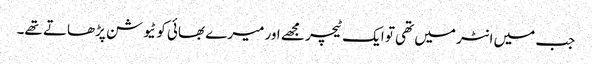
جب میں انٹر میں تھی تو ایک ٹیچر مجھے اور میرے بھائی کو ٹیوشن پڑھاتے تھے۔